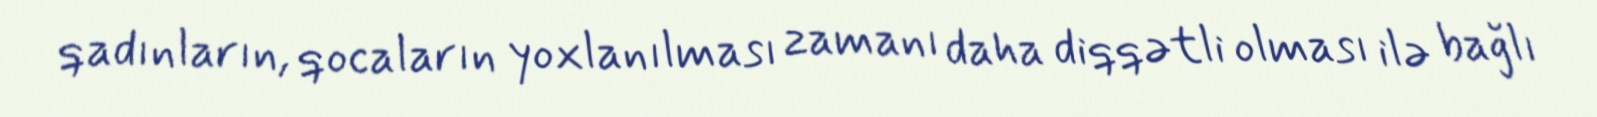
qadınların, qocaların yoxlanılması zamanı daha diqqətli olması ilə bağlı